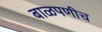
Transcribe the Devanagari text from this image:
बाळपणीच